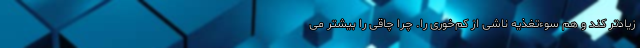
زیادتر کند و هم سوءتغذیه ناشی از کم‌خوری را. چرا چاقی را بیشتر می